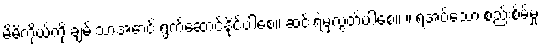
မိမိကိုယ်ကို ချမ်းသာအောင် ရွက်ဆောင်နိုင်ပါစေ။ ဆင်းရဲမှလွတ်ပါစေ။ ။ ရအပ်သော စည်းစိမ်မှု